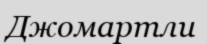
Джомартли